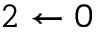
{ 2 \leftarrow 0 }